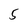
Character: 5